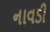
નાવડી